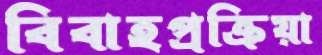
বিবাহপ্রক্রিয়া